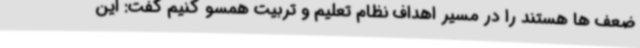
ضعف ها هستند را در مسیر اهداف نظام تعلیم و تربیت همسو کنیم گفت: این